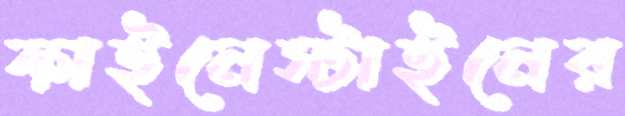
ফাইনেস্টাইনের